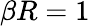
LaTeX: \beta R=1